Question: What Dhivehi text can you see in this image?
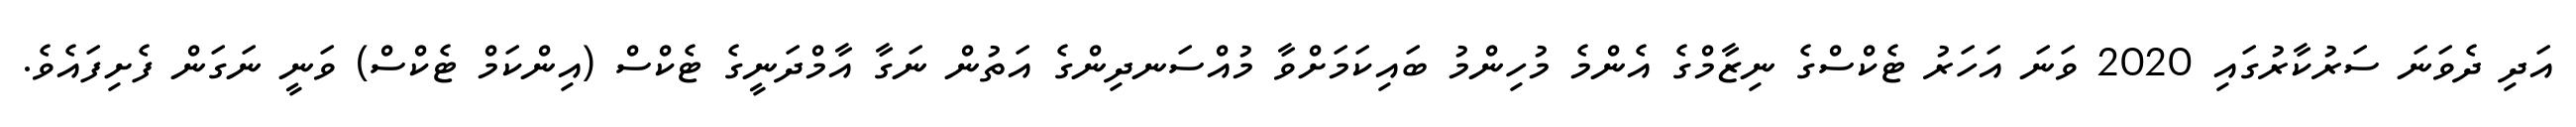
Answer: އަދި ދެވަނަ ސަރުކާރުގައި 2020 ވަނަ އަހަރު ޓެކްސްގެ ނިޒާމްގެ އެންމެ މުހިންމު ބައިކަމަށްވާ މުއްސަނދިންގެ އަތުން ނަގާ އާމްދަނީގެ ޓެކްސް (އިންކަމް ޓެކްސް) ވަނީ ނަގަން ފެށިފައެވެ.